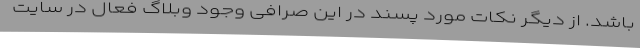
باشد. از دیگر نکات مورد پسند در این صرافی وجود وبلاگ فعال در سایت